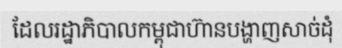
ដែលរដ្ឋាភិបាលកម្ពុជាហ៊ានបង្ហាញសាច់ដុំ